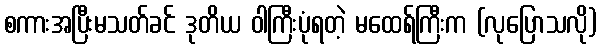
စကားအပြီးမသတ်ခင် ဒုတိယ ဝါကြီးပုံရတဲ့ မထေရ်ကြီးက (လုပြောသလို)